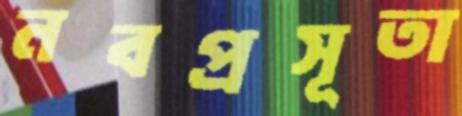
নবপ্রসূতা